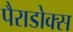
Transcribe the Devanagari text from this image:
पैराडोक्स